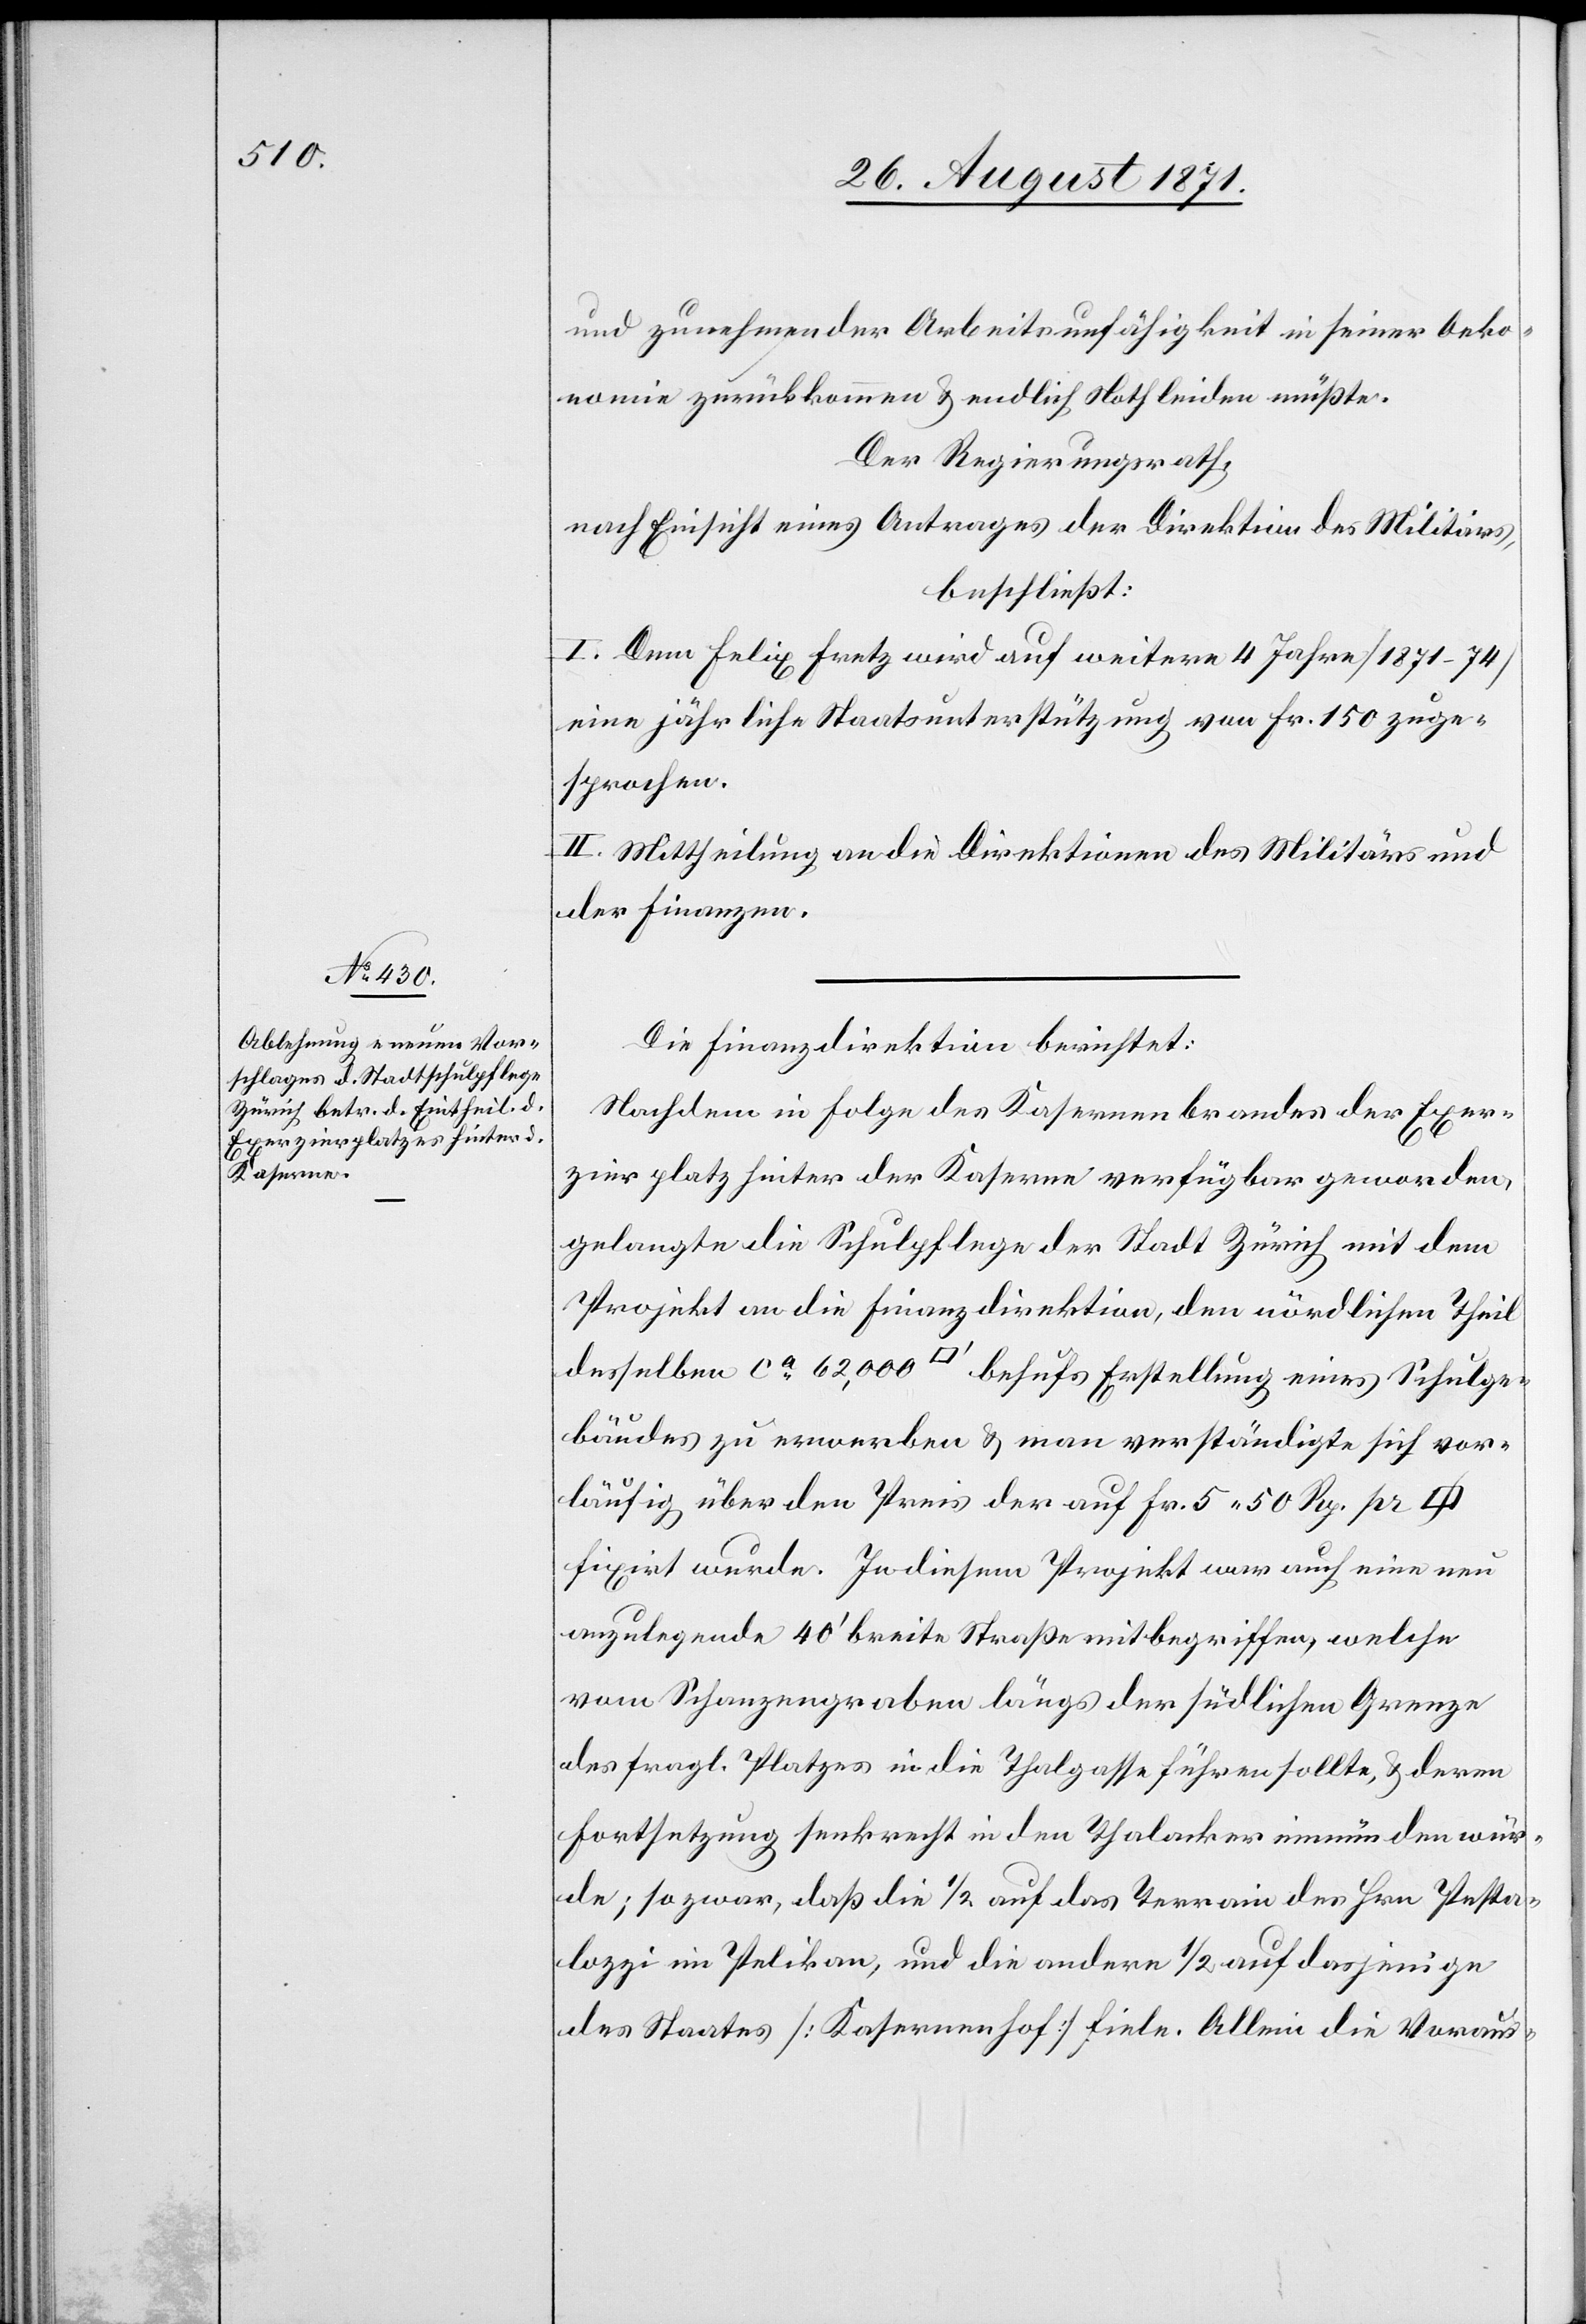
und zunehmender Arbeitsunfähigkeit in seiner Oeko¬
nomie zurückkommen & endlich Nothleiden müßte.
Der Regierungsrath,
nach Einsicht eines Antrages der Direktion des Militärs,
beschließt:
I. Dem Felix Fretz wird auf weitere 4 Jahre [1871-74]
eine jährliche Staatsunterstützung von Fr. 150 zuge¬
sprochen.
II. Mittheilung an die Direktionen des Militärs und
der Finanzen.
Die Finanzdirektion berichtet:
Nachdem in Folge des Kasernenbrandes der Exer¬
zierplatz seitens der Kaserne verfügbar geworden,
gelangte die Schulpflege der Stadt Zürich mit dem
Projekt an die Finanzdirektion, den nördlichen Theil
desselben ca 62,000 [Quadratfuss] behufs Erstellung eines Schulge¬
bäudes zu erwerben & man verständigte sich vor¬
läufig über den Preis der auf Fr. 5 50 Rp. pr
fixirt wurde. In diesem Projekt war auch eine neu¬
anzulegende 40’ breite Straße mit begriffen, welche
vom Schanzengraben längs der südlichen Grenze
des fragl. Platzes in die Thalgasse führen sollte, & deren
Fortsetzung senkrecht in den Thalacker einmünden wür¬
de; so zwar, daß die 1/2 auf das Terrain des Hrn. Pesta¬
lozzi im Pelikan, und die andern 1/2 auf dasjenige
des Staates [Kasernenhof] fiele. Allein die Voraus-